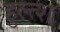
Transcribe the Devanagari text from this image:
हुल्त्श